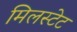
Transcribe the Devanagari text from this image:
मिलस्टेट